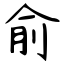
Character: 俞